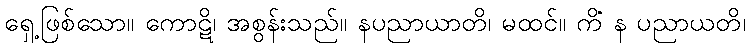
ရှေ့ဖြစ်သော။ ကောဋိ၊ အစွန်းသည်။ နပညာယာတိ၊ မထင်။ ကိံ န ပညာယတိ၊